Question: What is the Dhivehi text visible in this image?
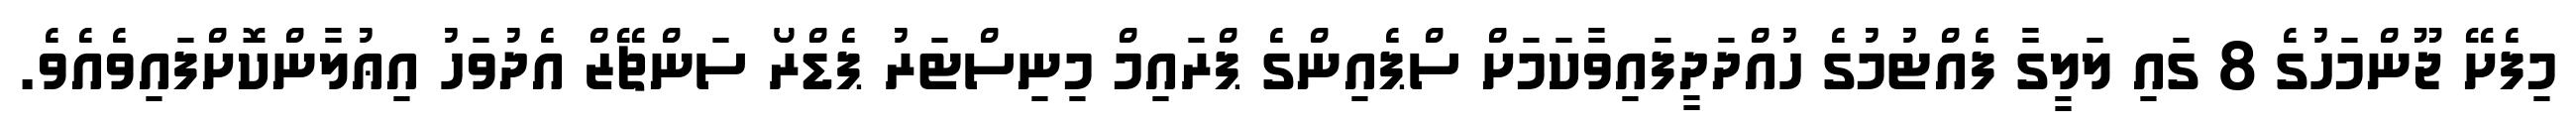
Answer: މިފެށޭ ޖޫންމަހުގެ 8 ގައި ލަލީގާ ފެއްޓުމުގެ ހުއްދަދީފައިވާކަމަށް ސްޕެއިންގެ ޕްރައިމް މިނިސްޓަރު ޕެޑްރޯ ސަންޗޭޒް އެދުވަހު އިޢުލާންކޮށްފައިވެއެވެ.